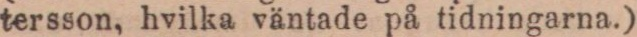
tersson, hvilka väntade på tidningarna.)